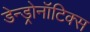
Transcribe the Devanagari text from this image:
डेन्ड्रोनॉटिक्स